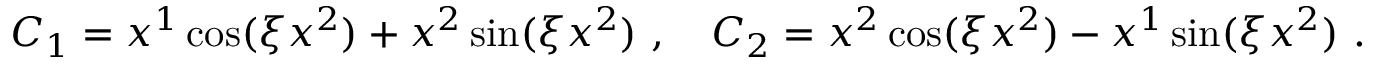
C _ { 1 } = x ^ { 1 } \cos ( \xi x ^ { 2 } ) + x ^ { 2 } \sin ( \xi x ^ { 2 } ) \ , \ \ \ C _ { 2 } = x ^ { 2 } \cos ( \xi x ^ { 2 } ) - x ^ { 1 } \sin ( \xi x ^ { 2 } ) \ .